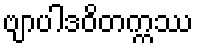
ဗျာပါဒဝိတက္ကဿ